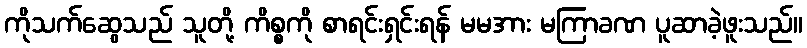
ကိုသက်ဆွေသည် သူတို့ ကိစ္စကို စာရင်းရှင်းရန် မမအား မကြာခဏ ပူဆာခဲ့ဖူးသည်။